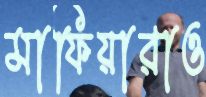
মাফিয়ারাও